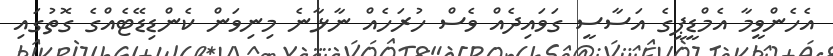
އެހެންވީމާ އެމްޑީޕީގެ އަސާސީ ގަވައިދެއް ވެސް ހުރަހެއް ނާޅާނެ މިނިވަން ކެންޑިޑޭޓެއްގެ ގޮތުގައި